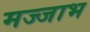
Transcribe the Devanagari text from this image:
मज्जाभ